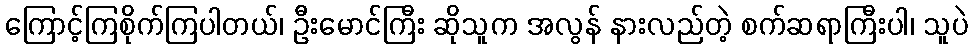
ကြောင့်ကြစိုက်ကြပါတယ်၊ ဦးမောင်ကြီး ဆိုသူက အလွန် နားလည်တဲ့ စက်ဆရာကြီးပါ၊ သူပဲ